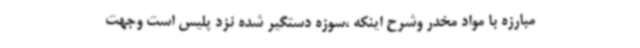
مبارزه با مواد مخدر وشرح اینکه ،سوزه دستگیر شده نزد پلیس است وجهت